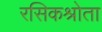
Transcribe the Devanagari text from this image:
रसिकश्रोता